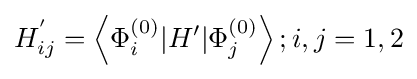
H_{ij}^{'}=\left\langle \Phi _{i}^{(0)}|H'|\Phi _{j}^{(0)}\right\rangle ;i,j=1,2